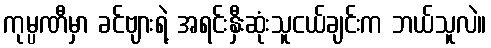
ကုမ္ပဏီမှာ ခင်ဗျားရဲ့ အရင်းနှီးဆုံးသူငယ်ချင်းက ဘယ်သူလဲ။